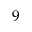
9